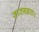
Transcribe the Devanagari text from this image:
जातमग्रतः।